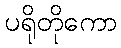
ပရိုတိုကော